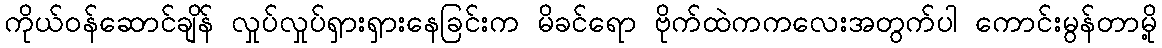
ကိုယ်ဝန်ဆောင်ချိန် လှုပ်လှုပ်ရှားရှားနေခြင်းက မိခင်ရော ဗိုက်ထဲကကလေးအတွက်ပါ ကောင်းမွန်တာမို့